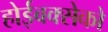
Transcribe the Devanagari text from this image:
होईबक्सेको